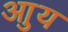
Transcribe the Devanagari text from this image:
आुय